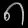
Digit: ၈